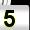
Digit: 5